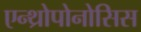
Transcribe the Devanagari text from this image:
एन्थ्रोपोनोसिस